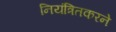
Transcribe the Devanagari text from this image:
नियंत्रितकरने